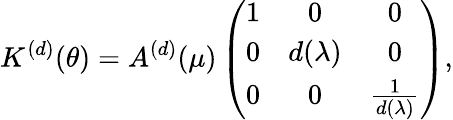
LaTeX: K^{(d)}(\theta)=A^{(d)}(\mu)\left(\begin{array}{ccc}{{1}}&{{0}}&{{0}}\\ {{0}}&{{d(\lambda)}}&{{0}}\\ {{0}}&{{0}}&{{\frac{1}{d(\lambda)}}}\end{array}\right),